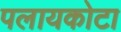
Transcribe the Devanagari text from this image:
पलायकोटा